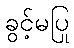
ခွင့်မပြု